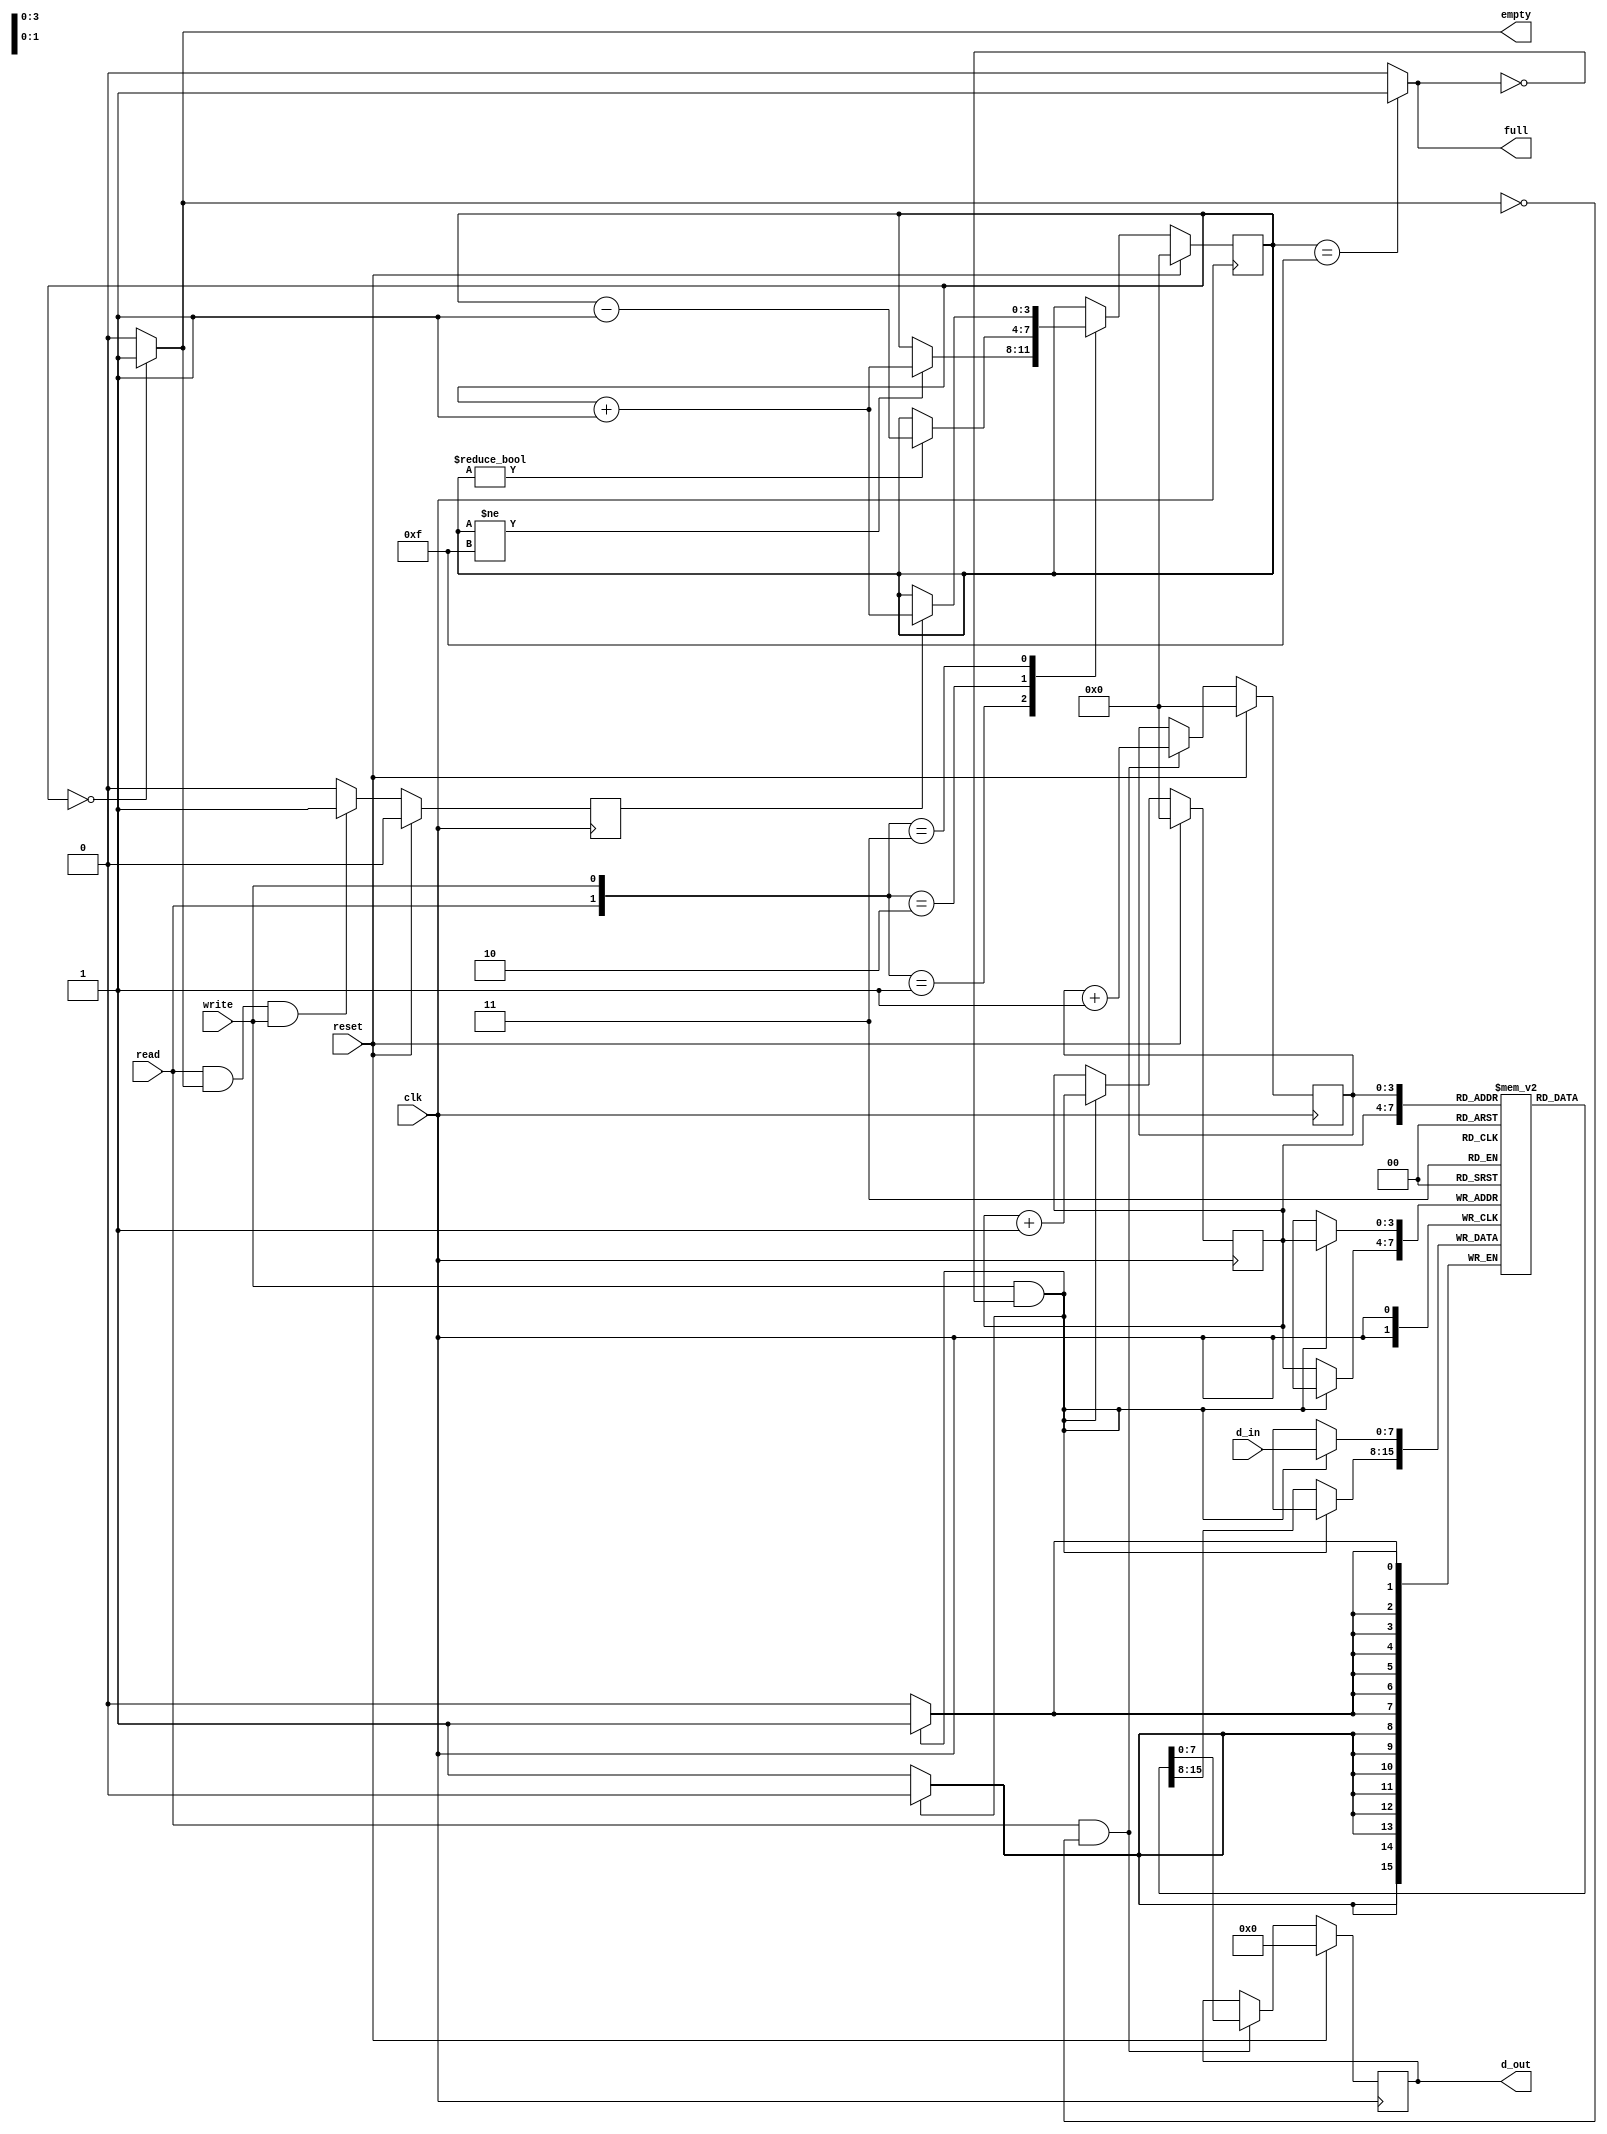
module fifo_16x8(clk,reset,d_in,read,write,d_out,empty,full); 
 
    parameter D_width = 8,
                D_depth=16;
    parameter D_addr=4, MAX_COUNT=4'b1111;
	input clk; 
	input reset; 
	input [D_width-1:0]d_in;	//8-bit data input 
	input read; 
	input write; 
 
	output [D_width-1:0]d_out; //8-bit data output 
	output empty; 	   //flag to indicate that the memory is empty 
	output full;	   //flag to indicate that the memory is full 
	 
		 
//D_addr is number of bits,  bits thus 2^4=16 memory locations and MAX_COUNT is the last memory location. 
	 
	reg [D_width-1:0]d_out; 
	reg empty;
	reg full; 
 
	//wr_pntr is write_pointer and rd_pntr is read_pointer/ 
 
	reg [(D_addr-1):0]rd_pntr;	 
// rd_pntr(4bits) defines memory pointer location for reading instructions(0000 or 0001....1111) 
	 
	reg [(D_addr-1):0]wr_pntr;	 
// wr_pntr(4bits) defines memory pointer location for writing instructions(0000 or 0001...1111) 
	 
	reg [(D_addr-1):0]count;	 
// 4 bits count register[0000(0),0001(1),0010(2),....,1111(15)] 
	 
	reg [D_width-1:0]fifo_mem[0:D_depth-1];  
// fifo memory is having 8 bits data and 16 memory locations 
	 
	reg sr_read_write_empty;			// 1 bit register flag 
 
///////// WHEN BOTH READING AND WRITING BUT FIFO IS EMPTY //////// 
 
	always @(posedge clk) 
		begin 
			if(reset==1) 
			//reset is pressed															 
				sr_read_write_empty <= 0; 
			else if(read==1 && empty==1 && write==1)	 
			//when fifo is empty and read & write both 1 
				sr_read_write_empty <= 1; 
			else 
				sr_read_write_empty <= 0; 
		end 
 
//////////////////////// COUNTER OPERATION /////////////////////// 
		 
	always @(posedge clk) 
		begin 
			if(reset==1) 
//when reset, the fifo is made empty thus count is set to zero 
				count <= 4'b0000;		 
			else 
				begin 
					case({read,write}) 
					//CASE-1:when not reading or writing	 
						2'b00:	count <= count;				 
								//count remains same 
					//CASE-2:when writing only 
						2'b01:	if(count!=MAX_COUNT)			 
									count <= count+1; 
									//count increases 
					//CASE-3:when reading only							 
						2'b10:	if(count!=4'b0000)				 
									count <= count-1;							 
									//count decreases 
					//CASE-4 
						2'b11:	if(sr_read_write_empty==1)	 
									count <= count+1; 
//(if) fifo is empty => only write, thus count increases			 
								else 
									count <= count; 
//(else) both read and write takes place, thus no change											 
					//DEFAULT CASE			 
						default: count <= count; 
					endcase 
				end 
		end 
 
////////////////////// EMPTY AND FULL ALERT ///////////////////// 
	 
	// Memory empty signal 
	always @(count) 
		begin 
			if(count==4'b0000) 
				empty <= 1; 
			else 
				empty <= 0; 
		end 
 
	// Memory full signal 
	always @(count) 
		begin 
			if(count==MAX_COUNT) 
				full <= 1; 
			else 
				full <= 0; 
		end 
 
///////////// READ AND WRITE POINTER MEMORY LOCATION ///////////// 
 
	// Write operation memory pointer 
	always @(posedge clk) 
		begin 
			if(reset==1) 
			//wr_pntr moved to zero location (fifo is made empty) 
				wr_pntr <= 4'b0000;	 
			else 
				begin 
					if(write==1 && full==0)	 
					//writing when memory is NOT FULL 
						wr_pntr <= wr_pntr+1; 
				end 
		end 
	 
	// Read operation memory pointer 
		always @(posedge clk) 
			begin 
				if(reset==1) 
				//rd_pntr moved to zero location (fifo is made empty) 
					rd_pntr <= 4'b0000;	 
				else 
					begin 
						if(read==1 && empty==0)	 
						//reading when memory is NOT ZERO 
							rd_pntr <= rd_pntr+1; 
					end 
			end 
 
//////////////////// READ AND WRITE OPERATION //////////////////// 
 
	// Write operation 
	always @(posedge clk) 
		//IT CAN WRITE WHEN RESET IS USED AS FULL==0	 
		begin 
			if(write==1 && full==0) 
			//writing when memory is NOT FULL 
				fifo_mem[wr_pntr] <= d_in; 
			else									 
			//when NOT WRITING 
				fifo_mem[wr_pntr] <= fifo_mem[wr_pntr]; 
		end 
 
	// Read operation 
	always @(posedge clk) 
		begin 
			if(reset==1)						 
			//reset implies output is zero 
				d_out <= 8'h00; 
			else if(read==1 && empty==0)	 
			//reading data when memory is NOT EMPTY 
				d_out <= fifo_mem[rd_pntr]; 
			else 
			//no change 
				d_out <= d_out;  
		end 
endmodule